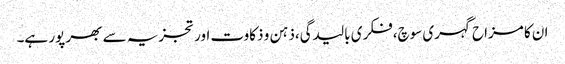
ان کا مزاح گہری سوچ،فکری بالیدگی،ذہن و ذکاوت اور تجزیہ سے بھر پور ہے۔